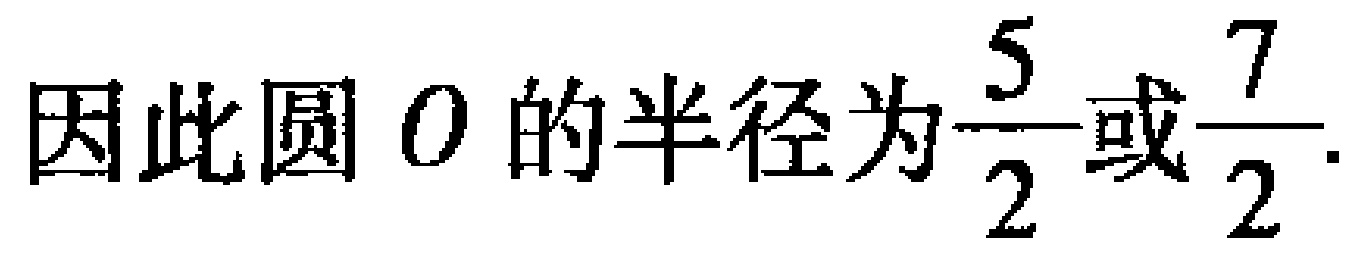
因此圆 \(O\) 的半径为\(\frac{5}{2}\)或\(\frac{7}{2}\).